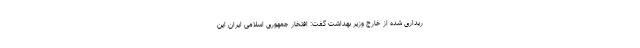
ریداری شده از خارج وزیر بهداشت گفت: افتخار جمهوری اسلامی ایران این